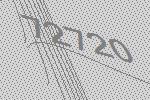
72720